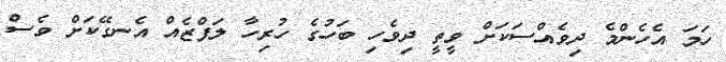
ހަމަ އެހެންމެ ދިވެއްސަކަށް ވީތީ ދިވެހި ބަހުގެ ހުރިހާ ލަފްޒެއް އެނގޭކަށް ވެސް